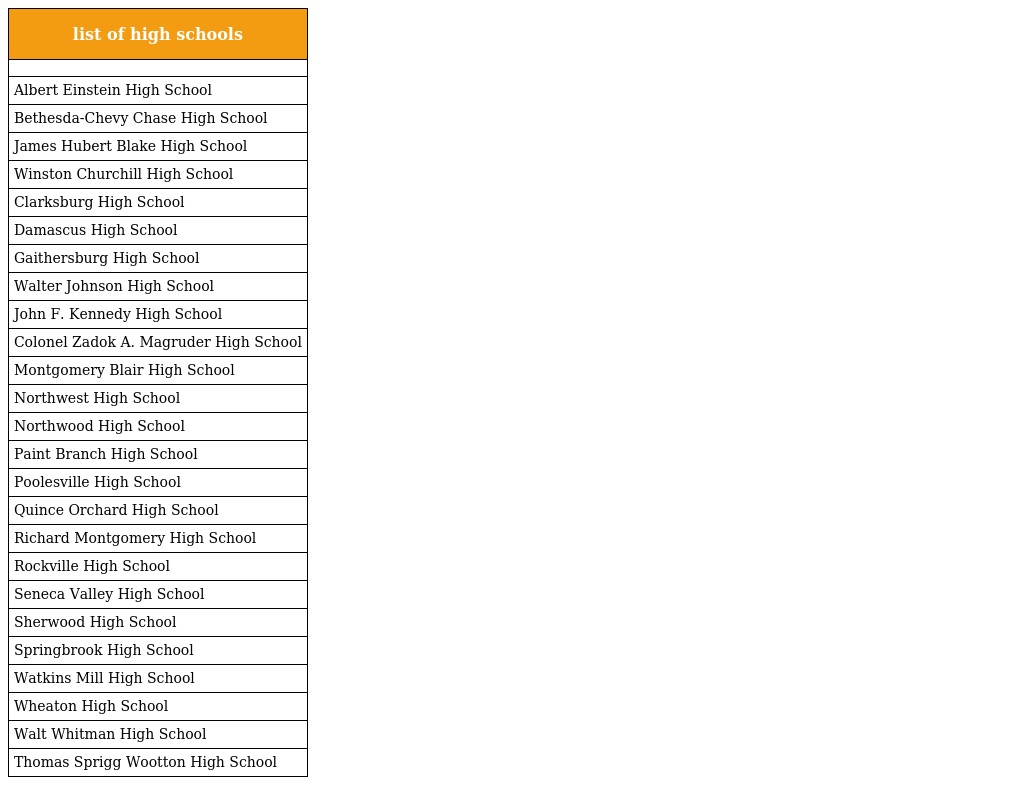
| list of high schools |
 | --- |
 |  |
 | Albert Einstein High School |
 | Bethesda-Chevy Chase High School |
 | James Hubert Blake High School |
 | Winston Churchill High School |
 | Clarksburg High School |
 | Damascus High School |
 | Gaithersburg High School |
 | Walter Johnson High School |
 | John F. Kennedy High School |
 | Colonel Zadok A. Magruder High School |
 | Montgomery Blair High School |
 | Northwest High School |
 | Northwood High School |
 | Paint Branch High School |
 | Poolesville High School |
 | Quince Orchard High School |
 | Richard Montgomery High School |
 | Rockville High School |
 | Seneca Valley High School |
 | Sherwood High School |
 | Springbrook High School |
 | Watkins Mill High School |
 | Wheaton High School |
 | Walt Whitman High School |
 | Thomas Sprigg Wootton High School |